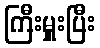
ကြီးမှူးပြီး